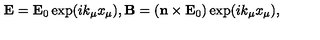
{ \bf E } = { \bf E } _ { 0 } \exp ( i k _ { \mu } x _ { \mu } ) , { \bf B } = \left( { \bf n } \times { \bf E } _ { 0 } \right) \exp ( i k _ { \mu } x _ { \mu } ) ,